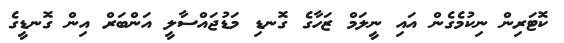
ކޮޓަރިން ނިކުމެގެން އައި ނީލަމް ޒަހާގެ ގޮނޑި މަޑުޖައްސާލީ އަންބަރް އިން ގޮނޑީގެ